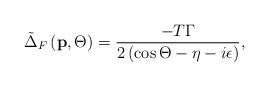
LaTeX: \begin{align*}\tilde{\Delta}_F\left( \mathbf{p},\Theta \right) =\frac{-T\Gamma }{2\left(\cos \Theta -\eta -i\epsilon \right) }, \end{align*}